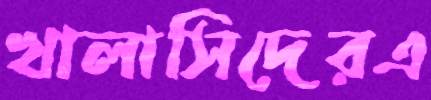
খালাসিদেরএ